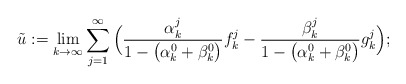
\begin{align*} \tilde{u}:=\lim_{k\to \infty} \sum_{j=1}^\infty \Big( \frac{\alpha^j_k}{1-\big(\alpha^0_k+\beta^0_k\big)}f^j_k - \frac{\beta^j_k}{1-\big(\alpha^0_k+\beta^0_k\big)}g^j_k \Big);\end{align*}